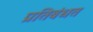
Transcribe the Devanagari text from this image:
प्रतिबंधत